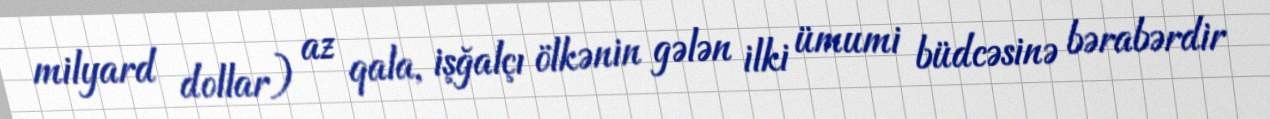
milyard dollar) az qala, işğalçı ölkənin gələn ilki ümumi büdcəsinə bərabərdir